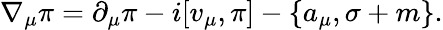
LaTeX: \nabla_{\mu}\pi=\partial_{\mu}\pi-i[v_{\mu},\pi]-\{ a_{\mu},\sigma+m\} .